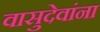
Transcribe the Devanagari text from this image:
वासुदेवांना